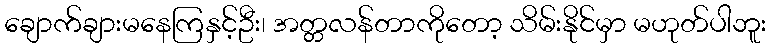
ချောက်ချားမနေကြနှင့်ဦး၊ အတ္တလန်တာကိုတော့ သိမ်းနိုင်မှာ မဟုတ်ပါဘူး